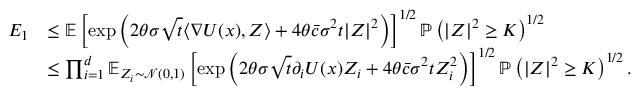
\begin{array} { r l } { E _ { 1 } } & { \le \mathbb { E } \left[ \exp \left( 2 \theta \sigma \sqrt { t } \langle \nabla U ( x ) , Z \rangle + 4 \theta \bar { c } \sigma ^ { 2 } t | Z | ^ { 2 } \right) \right] ^ { 1 / 2 } \mathbb { P } \left( | Z | ^ { 2 } \ge K \right) ^ { 1 / 2 } } \\ & { \le \prod _ { i = 1 } ^ { d } \mathbb { E } _ { Z _ { i } \sim \mathcal { N } ( 0 , 1 ) } \left[ \exp \left( 2 \theta \sigma \sqrt { t } \partial _ { i } U ( x ) Z _ { i } + 4 \theta \bar { c } \sigma ^ { 2 } t Z _ { i } ^ { 2 } \right) \right] ^ { 1 / 2 } \mathbb { P } \left( | Z | ^ { 2 } \ge K \right) ^ { 1 / 2 } . } \end{array}